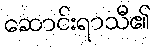
ဆောင်းရာသီ၏